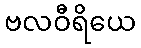
ဗလဝီရိယေ